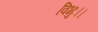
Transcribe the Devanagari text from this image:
विभुः।।